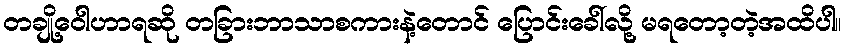
တချို့ဝေါဟာရဆို တခြားဘာသာစကားနဲ့တောင် ပြောင်းခေါ်လို့ မရတော့တဲ့အထိပါ။